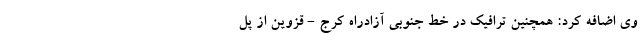
وی اضافه کرد: همچنین ترافیک در خط جنوبی آزادراه کرج - قزوین از پل